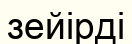
зейірді